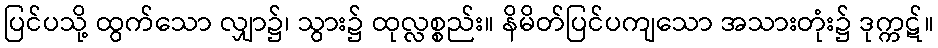
ပြင်ပသို့ ထွက်သော လျှာ၌၊ သွား၌ ထုလ္လစ္စည်း။ နိမိတ်ပြင်ပကျသော အသားတုံး၌ ဒုက္ကဋ်။